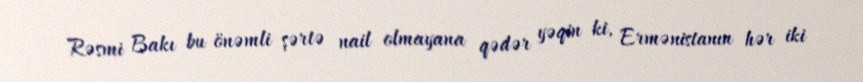
Rəsmi Bakı bu önəmli şərtə nail olmayana qədər yəqin ki, Ermənistanın hər iki